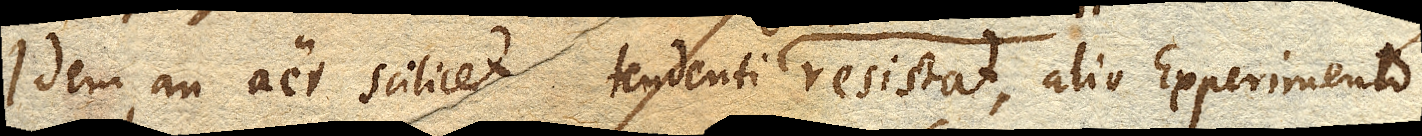
Idem, an aer scilicet tendenti seu dilatanti resistat, alio Experimento